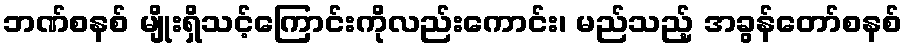
ဘဏ်စနစ် မျိုးရှိသင့်ကြောင်းကိုလည်းကောင်း၊ မည်သည့် အခွန်တော်စနစ်